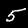
Digit: 5